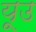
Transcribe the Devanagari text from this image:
यूउ